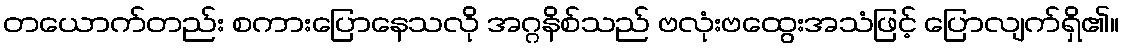
တယောက်တည်း စကားပြောနေသလို အဂ္ဂနိစ်သည် ဗလုံးဗထွေးအသံဖြင့် ပြောလျက်ရှိ၏။